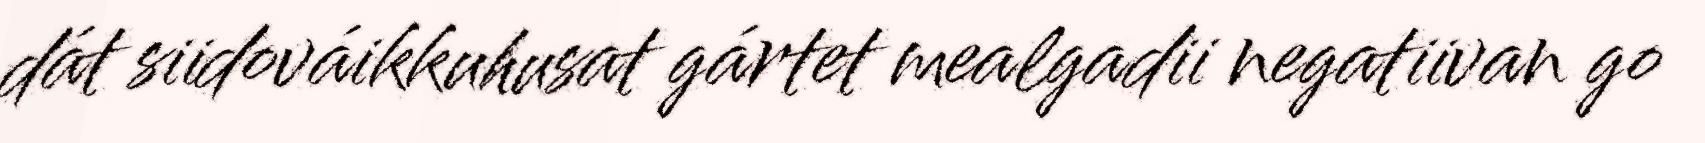
dát siidováikkuhusat gártet mealgadii negatiivan go